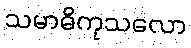
သမာဓိကုသလော